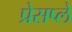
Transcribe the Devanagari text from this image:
प्रेसप्ले